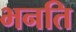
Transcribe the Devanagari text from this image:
भनति